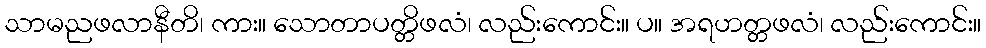
သာမညဖလာနီတိ၊ ကား။ သောတာပတ္တိဖလံ၊ လည်းကောင်း။ ပ။ အရဟတ္တဖလံ၊ လည်းကောင်း။